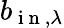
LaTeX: b_{\mathrm{~i~n~},\lambda}